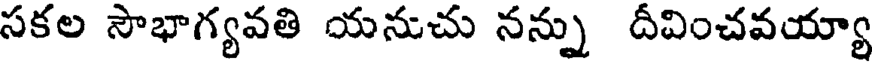
సకల సౌభాగ్యవతి యనుచు నన్ను దీవించవయ్యా